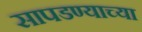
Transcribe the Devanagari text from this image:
सापडण्याच्या